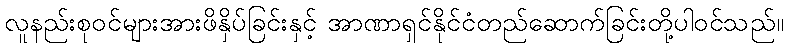
လူနည်းစုဝင်များအားဖိနှိပ်ခြင်းနှင့် အာဏာရှင်နိုင်ငံတည်ဆောက်ခြင်းတို့ပါဝင်သည်။